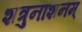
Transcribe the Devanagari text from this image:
शत्रुनाशनम्